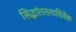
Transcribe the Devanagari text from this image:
सिद्धांततत्वविवेक